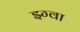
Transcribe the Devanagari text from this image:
झ्ग्वा